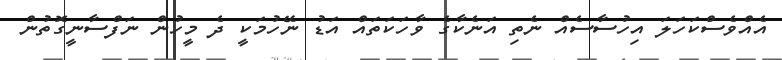
އެއްވެސްކަހަލަ އިހުސާސެއް ނެތި އަނެކާގެ ވާހަކަތައް އަޑު ނޭހުމަކީ ދެ މީހުން ނަފްސާނީގޮތުން